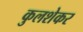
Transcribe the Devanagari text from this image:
कुलशेकर